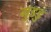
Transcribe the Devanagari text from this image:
गुडडु